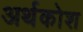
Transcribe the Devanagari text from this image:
अर्थकोश